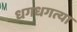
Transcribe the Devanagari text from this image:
धगधगत्या